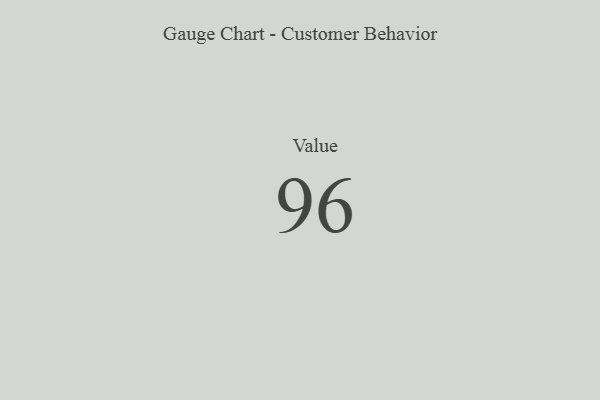
{"axis": {"x": "Metric", "y": "Value"}, "legend": [""], "data": [{"x": "Value", "y": 96, "type": ""}]}